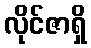
လိုင်ဇာရှိ